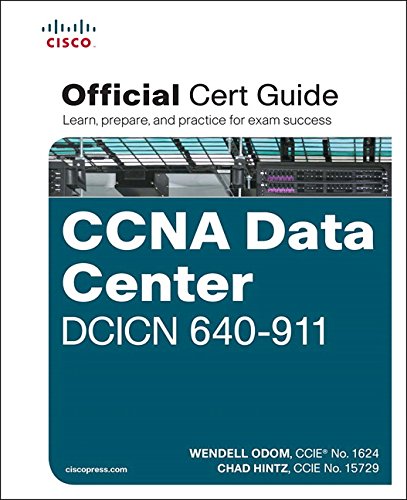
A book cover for CCNA Data Center DCICN 640-911 Official Cert Guide; Wendell Odom; Computers & Technology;